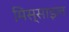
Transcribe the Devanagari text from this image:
मिस्साइल